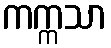
ကက္ကသာ